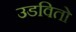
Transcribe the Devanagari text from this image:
उडवितो